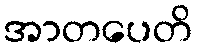
အာတပေတိ